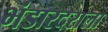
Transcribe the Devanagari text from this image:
भंडारदराला